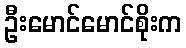
ဦးမောင်မောင်စိုးက